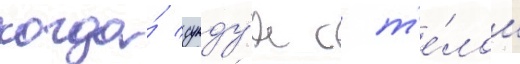
когда́ сунду́к с т'е́лом